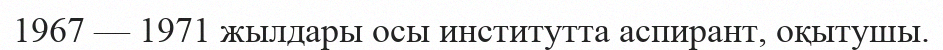
1967 — 1971 жылдары осы институтта аспирант, оқытушы.